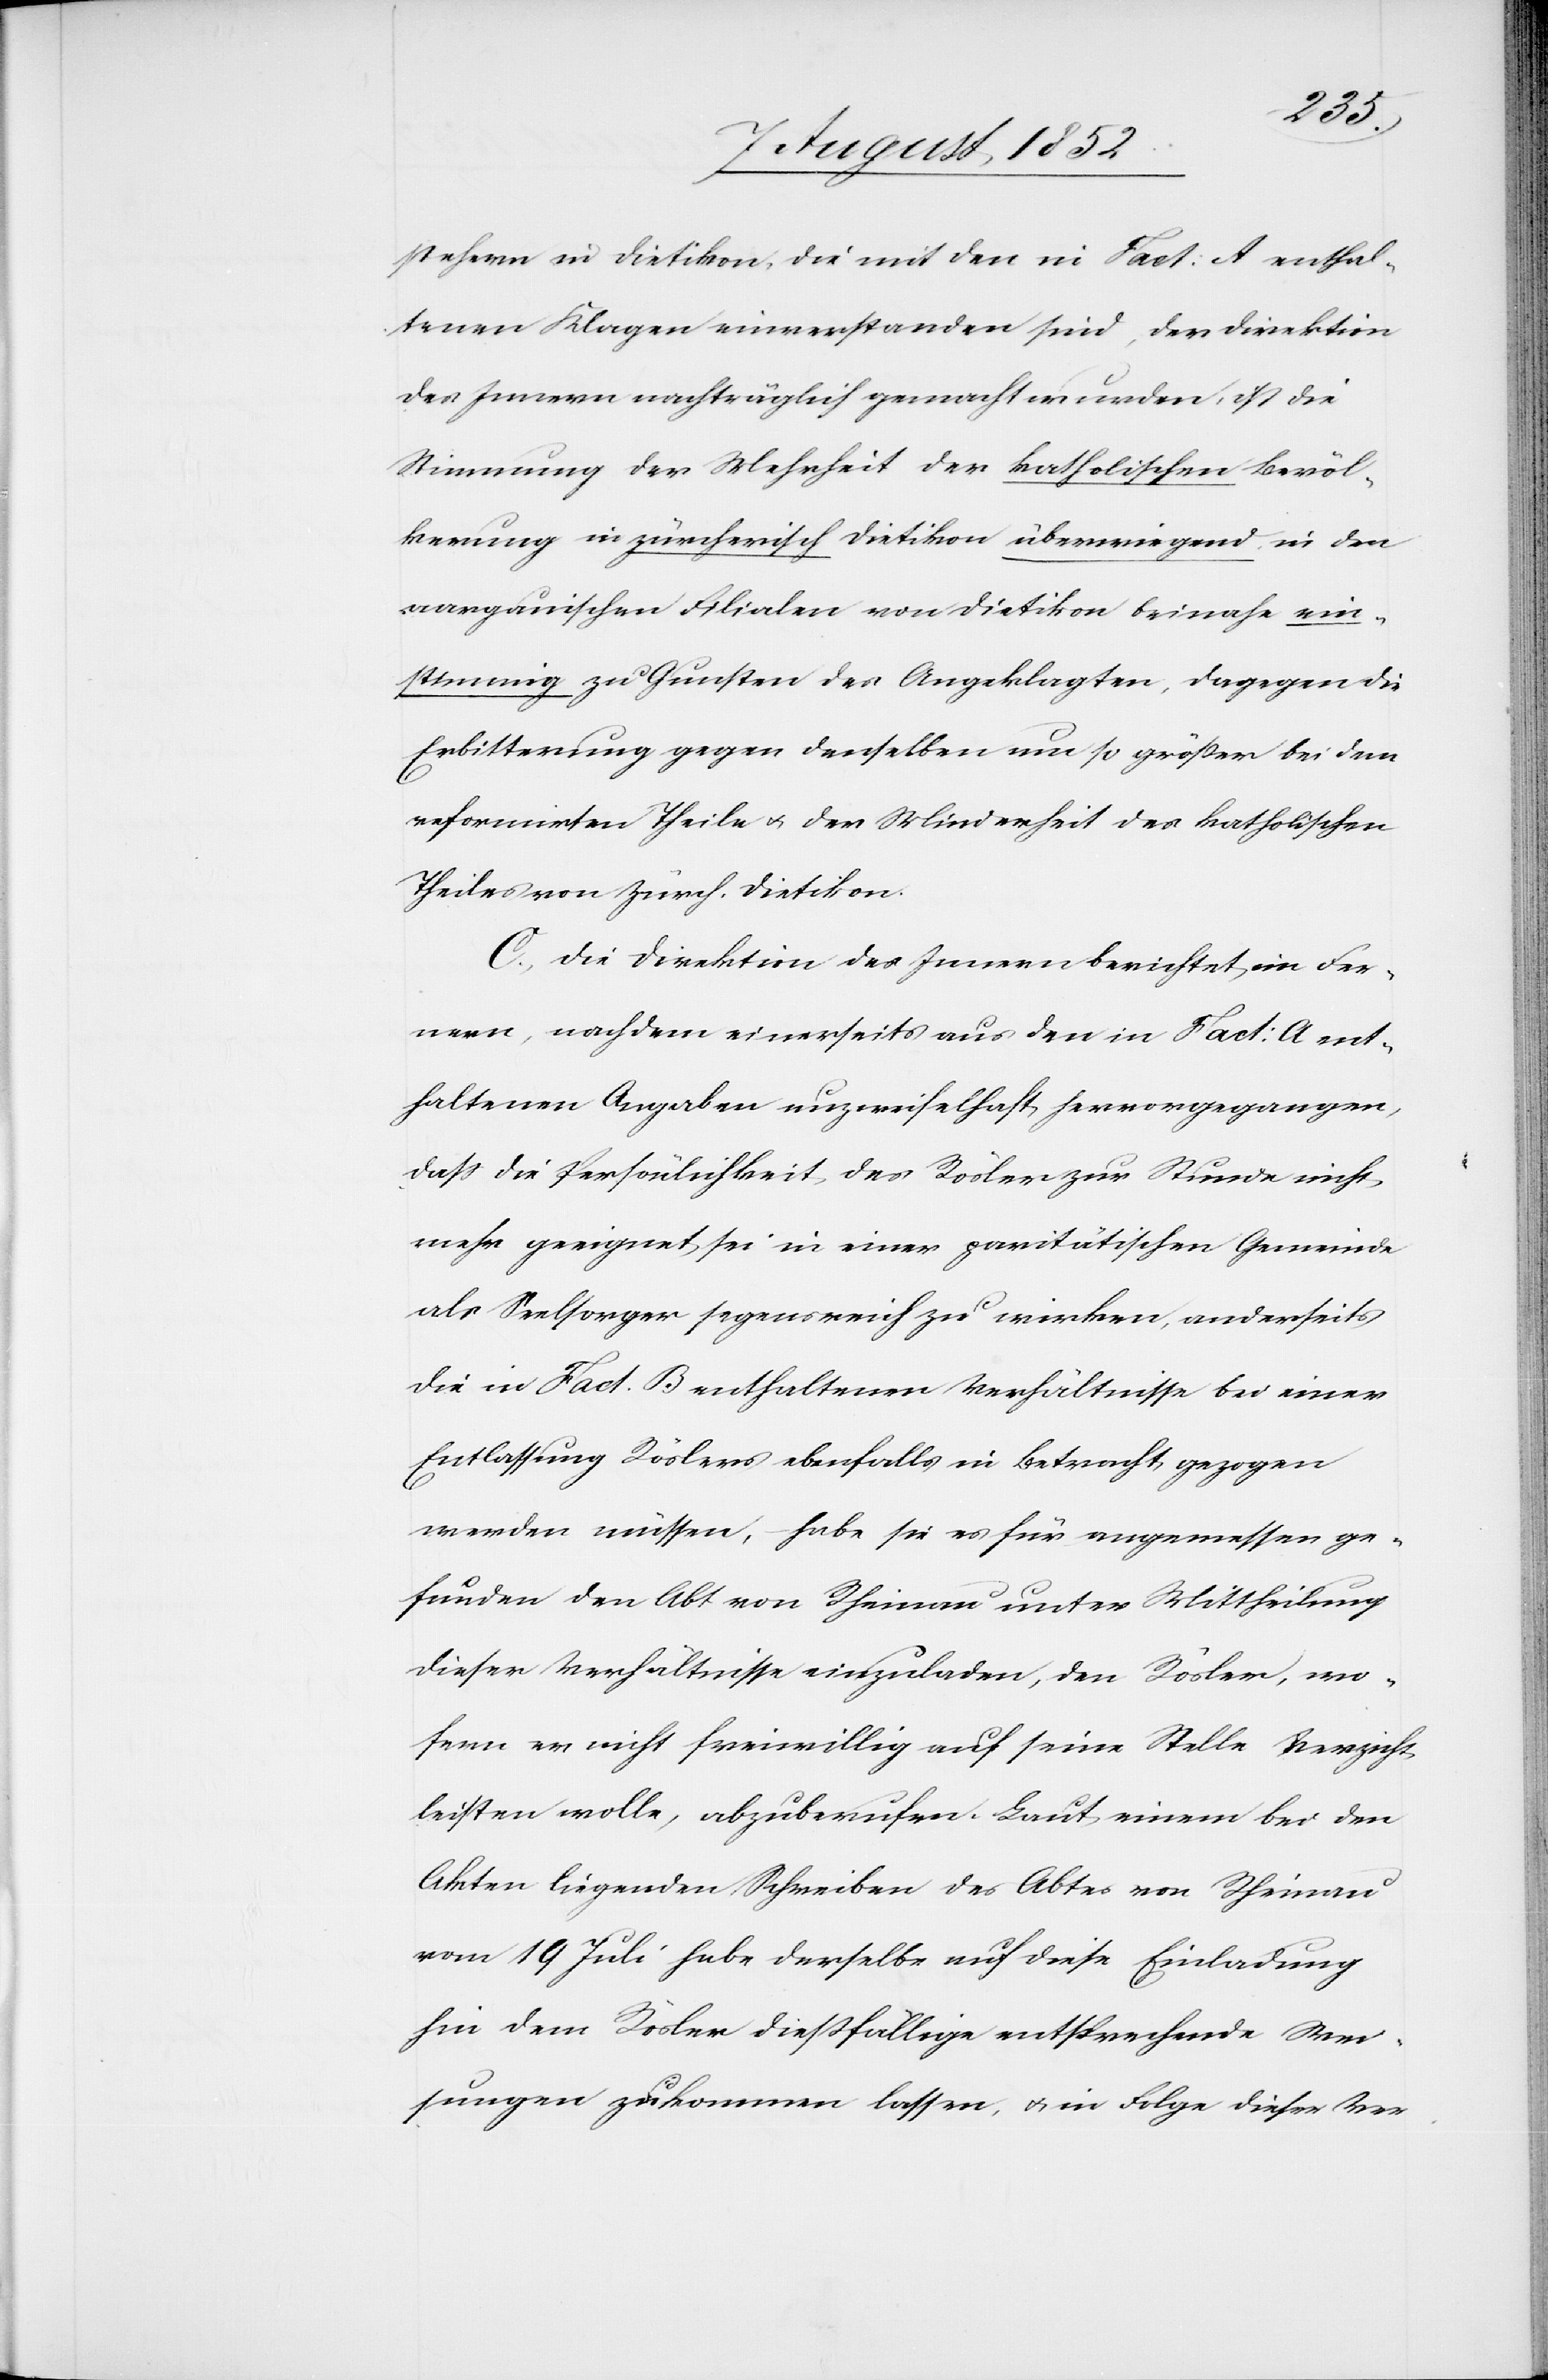
stehern in Dietikon, die mit den in Fact: A enthal¬
tenen Klagen einverstanden sind, der Direktion
des Innern nachträglich gemacht wurden, ist die
Stimmung der Mehrheit der katholischen Bevöl¬
kerung in zürcherisch Dietikon überwiegend, in den
aargauischen Filialen von Dietikon beinahe ein¬
stimmig zu Gunsten des Angeklagten, dagegen die
Erbitterung gegen denselben um so größer bei dem
reformirten Theile & der Minderheit des katholischen
Theiles von zürch. Dietikon.
C., Die Direktion des Innern berichtet im Fer¬
nern, nachdem einerseits aus den in Fact: A ent¬
haltenen Angaben unzweifelhaft hervorgegangen,
dass die Persönlichkeit des Rösler zur Stunde nicht
mehr geeignet sei in einer paritätischen Gemeinde
als Seelsorger segensreich zu wirken, anderseits
die in Fact. B enthaltenen Verhältnisse bei einer
Entlassung Röslers ebenfalls in Betracht gezogen
werden müssen, – habe sie es für angemessen ge¬
funden den Abt von Rheinau unter Mittheilung
dieser Verhältnisse einzuladen, den Rösler, wo¬
fern er nicht freiwillig auf seine Stelle Verzicht
leisten wolle, abzuberufen. Laut einem bei den
Akten liegenden Schreiben des Abtes von Rheinau
vom 19 Juli habe derselbe auf diese Einladung
hin dem Rösler dießfällige entsprechende Wei¬
sungen zukommen lassen, & in Folge dieser Ver-